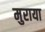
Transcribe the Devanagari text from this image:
मुराया